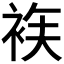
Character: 𲀫